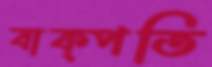
বাক্‌পতি